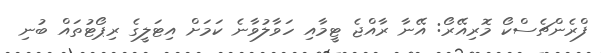
ފްރެންޗެސްކޯ މޮރިއޭރޯ: އޭނާ ރާއްޖެ ޓީމާއި ހަވާލުވާނެ ކަމަށް އިޓަލީގެ ރިޕޯޓުތައް ބުނި